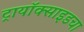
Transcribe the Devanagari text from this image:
ट्रायॉक्साइडचा